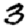
Digit: 3